Calcutta medical institutions reports 1871-78
Year: 1871
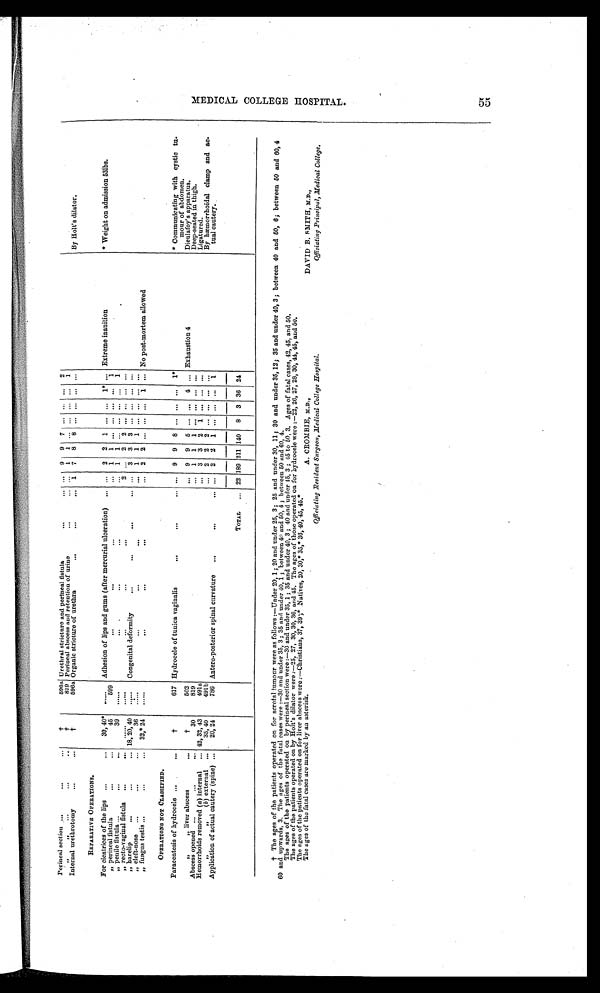
Perineal section ...
...
...
t
596a Urethral stricture and perineal fistula
...
,
...
• •
f
819 Perinea! abscess and retention of urine
...
... ...
Internal urethrotomy
.
..•
t
596a Organic stricture of urethra
...
.
...
By Holt's dilator.
REPARATIVE OPERATIONS.
For cicatrices of the lips ...
...
30, 40* ...... Adhesion of lips and gums (after mercurial ulceration)
... 2 2 1 ... ... 1" ... Extreme inanition
* Weight on admission 531bs.
„ perineal fistula
...
...
45
599
...
...
...
„ penile fistula ...
...
30 ......
...
...
...
... 1 1
1
.
„ recto-vaginal fistula ...
",
. . .
...
,, harelip
...... 18, 20, 40 ..,... Congenital deformity
".
...
•.•
... ...
„ cleft-nose ...
...
36
: ...
...
...
...
...
„ fungus testis ...
..,
... 32," 24 ..... .
".
...
...
... 2 2 ... ... .
1 ... No post.mortem allowed
OPERATIONS NOT CLASSIFIED.
Paracentesis of hydrocele ...
•..
t
617 Hydrocele of tunica vaginalis
...
... . . . 9 9 8 ... „. ... 1*
* Communicating with cystic tu-
mour of abdomen.
„
liver abscess
. . .
,
t
502
... 9 9 5 ... ,.. 4 ... Exhaustion 4
Dieulafoy's apparatus.
Abscess opened ...
...
.,.
30
819
Deep-seated in thigh.
Hemorrhoids removed (a) internal ... 42, 32, 43
491a
Ligatured.
f>
, 0) external ...
35,40
491b
... 2 2 2 ...
- -
By Immorrhoidal clamp and ac-
tual cautery.
Application of actual cautery (spine) ...
20, 24
786 Antero.posterior spinal curvature ...
...
... ... 2 2 1 ... ... ... 1
TOTAL ... 22 189 211 140 8 3 36 24
t The ages of the patients operated on for scrotal tumour were as follows :-Under 20, 1; 20 and under 25, 3; 25 and under 30, 11; 30 and under 35, 12; 35 and under 40, 3 ; between 40 and 50, 6; between 50 and 60, 4
60 and upwards, 3. The ages of the fatal cases were :-30 and under 35, 3; 35 and under 40, 1 ; between 40 and 50, 4 ; between 50 and 60, 4.
The ages of the patients operated on by perinea' section were :-30 and under 35, 1; 35 and under 40, 3; 40 and under 45, 3 ; 45 to 50, 3. Ages of fatal cases, 42, 45, and 50.
The ages of the patients operated on by bolt's dilator were :-25, 27, 30, 30, 36, and 45. The ages of those operated on for hydrocele were :-22, 26, 27, 28, 30, 44, 45, and 5U.
The ages of the patients operated on for liver abscess were :-Ohristiaus, 37, 39';" Natives, 20, 30," 35, 5 36, 40, 45, 45."
The ages of the fatal cases are marked by an asterisk.
A. CROMBIE, M.D.,
Officiating Resident Surgeon, Medical College Hospital.
DAVID B. SMITH, M.D.,
Officiating Principal, Medical College.
Li
CD
tq
c)
0
L-1
bd
0
bd
PO
CD
02 rd